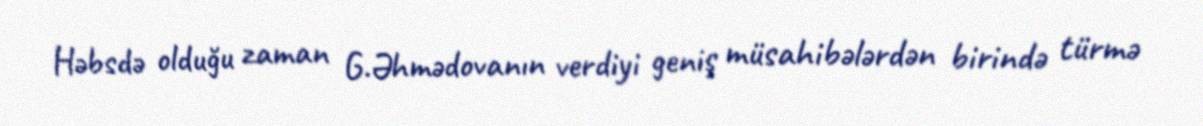
Həbsdə olduğu zaman G.Əhmədovanın verdiyi geniş müsahibələrdən birində türmə